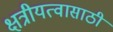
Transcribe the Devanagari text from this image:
क्षत्रीयत्वासाठी